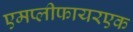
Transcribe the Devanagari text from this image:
एमप्लीफायरएक